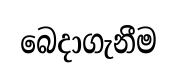
බෙදාගැනීම